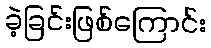
ခဲ့ခြင်းဖြစ်ကြောင်း